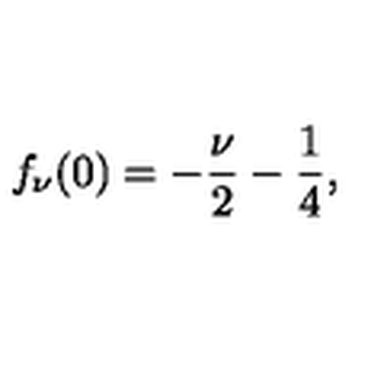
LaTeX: f _ { \nu } ( 0 ) = - \frac \nu 2 - \frac 1 4 ,